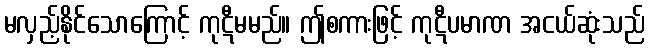
မလှည့်နိုင်သောကြောင့် ကုဋီမမည်။ ဤစကားဖြင့် ကုဋီပမာဏ အငယ်ဆုံးသည်